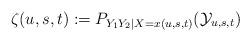
LaTeX: \begin{align*} \zeta(u,s,t):=P_{Y_1Y_2|X=x(u,s,t)}(\mathcal{Y}_{u,s,t}) \end{align*}